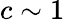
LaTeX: c\sim 1